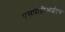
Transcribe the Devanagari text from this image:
एसपीडीआईएफ